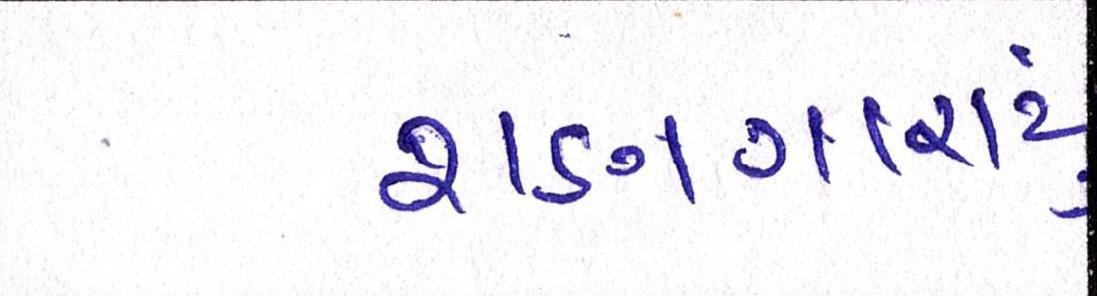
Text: શણગારાયું